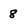
Character: 8